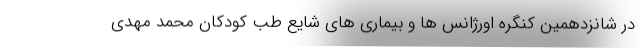
در شانزدهمین کنگره اورژانس ها و بیماری های شایع طب کودکان محمد مهدی